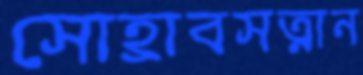
সোহ্রাবসত্নান